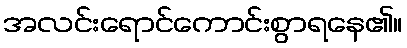
အလင်းရောင်ကောင်းစွာရနေ၏။